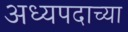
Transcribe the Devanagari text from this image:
अध्यपदाच्या